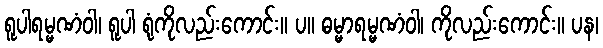
ရူပါရမ္မဏံဝါ၊ ရူပါ ရုံကိုလည်းကောင်း။ ပ။ ဓမ္မာရမ္မဏံဝါ၊ ကိုလည်းကောင်း။ ပန၊